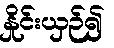
နှိုင်းယှဉ်၍